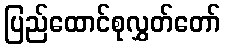
ပြည်ထောင်စုလွှတ်တော်